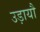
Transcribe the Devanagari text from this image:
उड़ायौ